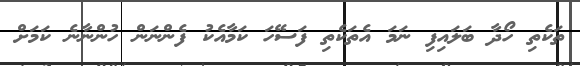
ތަކެތި ހޯދާ ބަލައިފި ނަމަ އެތަކެތި ފަސޭހަ ކަމާއެކު ފެންނަން ހުންނާނެ ކަމަށް